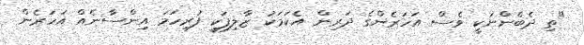
"ތި ދެބެންނަކީ ވެސް އަހަރެންގެ ދަރިން އެކަމަކު ޒާލިފަކީ ފުރިހަމަ އިންސާނެއް އަހަރެން